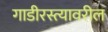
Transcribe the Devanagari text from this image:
गाडीरस्त्यावरील